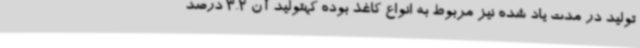
تولید در مدت یاد شده نیز مربوط به انواع کاغذ بوده کهتولید آن 3.2 درصد